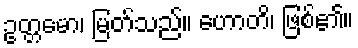
ဥတ္တမော၊ မြတ်သည်။ ဟောတိ၊ ဖြစ်၏။